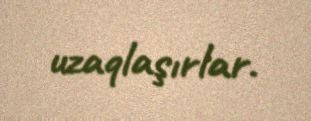
uzaqlaşırlar.